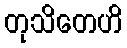
တုသိတေဟိ